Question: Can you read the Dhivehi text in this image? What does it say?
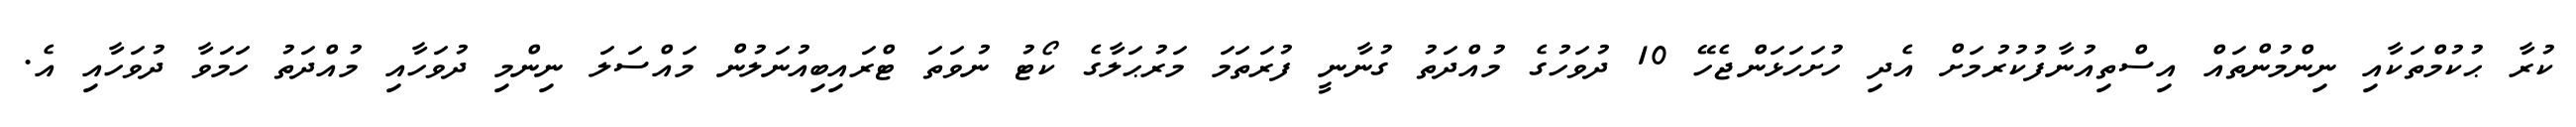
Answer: ކުރާ ޙުކުމްތަކާއި ނިންމުންތައް އިސްތިއުނާފުކުރުމަށް އެދި ހުށަހަޅަންޖެހޭ 10 ދުވަހުގެ މުއްދަތު ގުނާނީ ފުރަތަމަ މަރުޙަލާގެ ކޯޓު ނުވަތަ ޓްރައިބިއުނަލުން މައްސަލަ ނިންމި ދުވަހާއި މުއްދަތު ހަމަވާ ދުވަހާއި އެ.